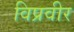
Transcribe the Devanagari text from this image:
विप्रवीर